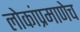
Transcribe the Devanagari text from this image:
लोकांप्रमाणेच